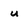
Character: u